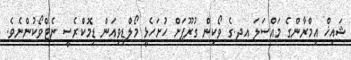
ޝައިޚް އިމްރާންގެ މައްސަލަ އދ.ގެ ވޯކިން ގުރޫޕަށް ހުށަހެޅީ މޯލްޑިވިއަން ޑިމޮކްރެސީ ނެޓްވޯކުންނެވެ.